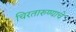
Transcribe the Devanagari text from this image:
चिरतारुण्याचे